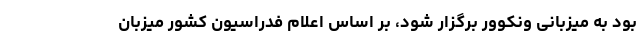
بود به میزبانی ونکوور برگزار شود، بر اساس اعلام فدراسیون کشور میزبان